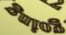
golng